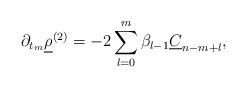
LaTeX: \begin{align*} \partial_{t_{m}}\underline{\rho}^{(2)}=-2\sum_{l=0}^{m}\beta_{l-1}\underline{C}_{n-m+l},\end{align*}